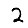
Digit: 2